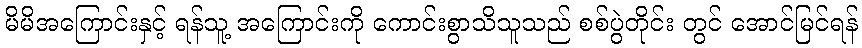
မိမိအကြောင်းနှင့် ရန်သူ့ အကြောင်းကို ကောင်းစွာသိသူသည် စစ်ပွဲတိုင်း တွင် အောင်မြင်ရန်